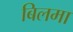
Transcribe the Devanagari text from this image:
बिलमा